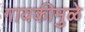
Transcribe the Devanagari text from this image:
गायकीमुळे